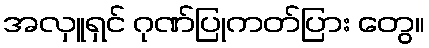
အလှူရှင် ဂုဏ်ပြုကတ်ပြား တွေ။